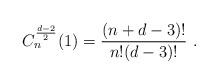
LaTeX: \begin{align*}C_n^{\frac{d-2}2}(1)=\frac{(n+d-3)!}{n!(d-3)!} \ .\end{align*}